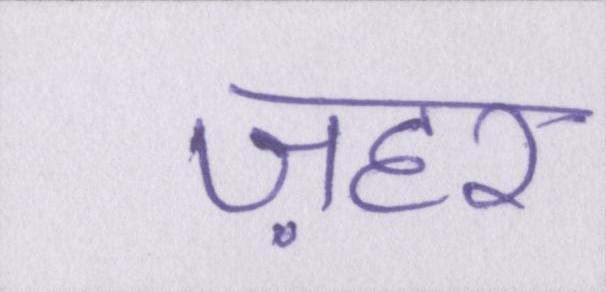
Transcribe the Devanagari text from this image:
ज़हर